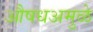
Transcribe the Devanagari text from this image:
औषधअमुळे